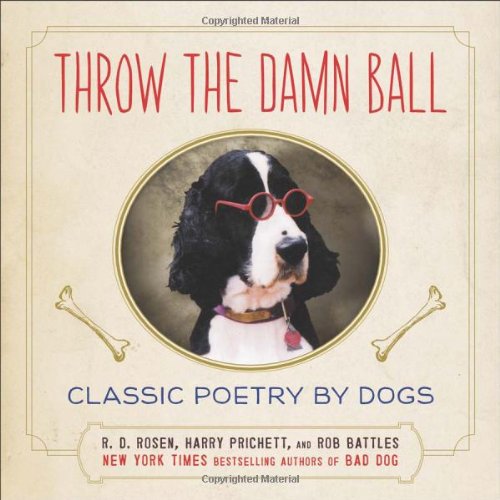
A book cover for Throw the Damn Ball: Classic Poetry by Dogs; R.D. Rosen; Humor & Entertainment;